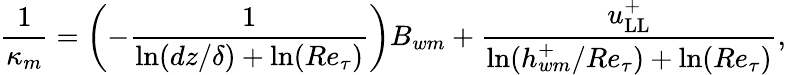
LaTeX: \frac{1}{\kappa_{m}}=\left(-\frac{1}{\ln(dz/\delta)+\ln(Re_{\tau})}\right)B_{wm}+\frac{u_{\mathrm{LL}}^{+}}{\ln(h_{wm}^{+}/Re_{\tau})+\ln(Re_{\tau})},